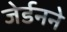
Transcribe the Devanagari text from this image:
जेर्डनने